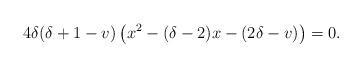
LaTeX: \begin{align*} 4\delta(\delta+1-v)\left(x^2-(\delta-2)x-(2\delta-v)\right)=0.\end{align*}